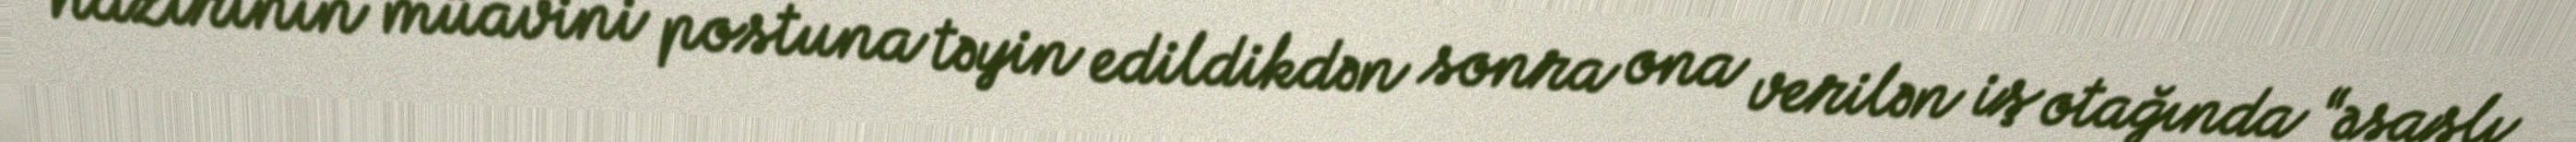
nazirinin müavini postuna təyin edildikdən sonra ona verilən iş otağında “əsaslı